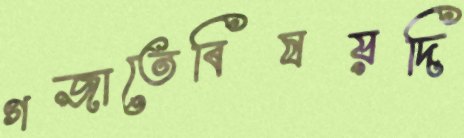
গজাতেবিষয়দি